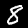
Label: 8